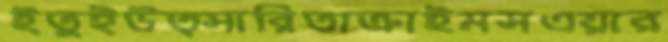
ইতুইউত্সারিতাক্রাইমসএয়ার